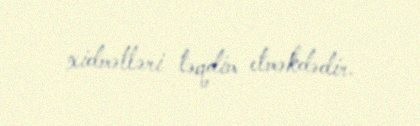
xidmətləri təqdim etməkdədir.